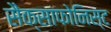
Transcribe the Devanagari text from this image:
सैक्साफोनिस्ट